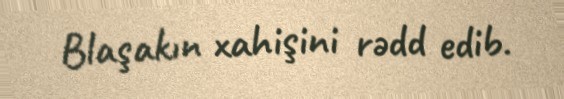
Blaşakın xahişini rədd edib.